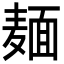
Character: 麺